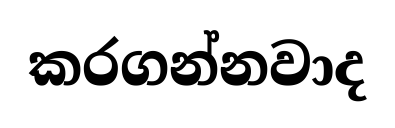
කරගන්නවාද